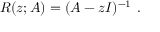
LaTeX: R ( z ; A ) = ( A - z I ) ^ { - 1 } ~ .